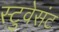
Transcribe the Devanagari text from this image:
स्टुवेसंट